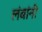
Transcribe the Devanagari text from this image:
लंबांनी